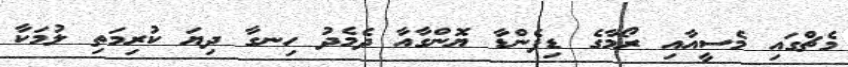
މެޗްގައި މެސީއާއި ރޯމާގެ ޑިފެންޑާ ޔޮންގާއާ ދެމެދު ހިނގާ ދިޔަ ކުރިމަތި ލުމަކާ